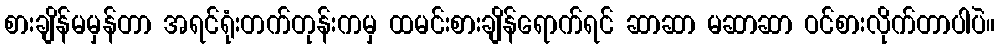
စားချိန်မမှန်တာ အရင်ရုံးတက်တုန်းကမှ ထမင်းစားချိန်ရောက်ရင် ဆာဆာ မဆာဆာ ဝင်စားလိုက်တာပါပဲ။